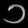
Digit: ၁